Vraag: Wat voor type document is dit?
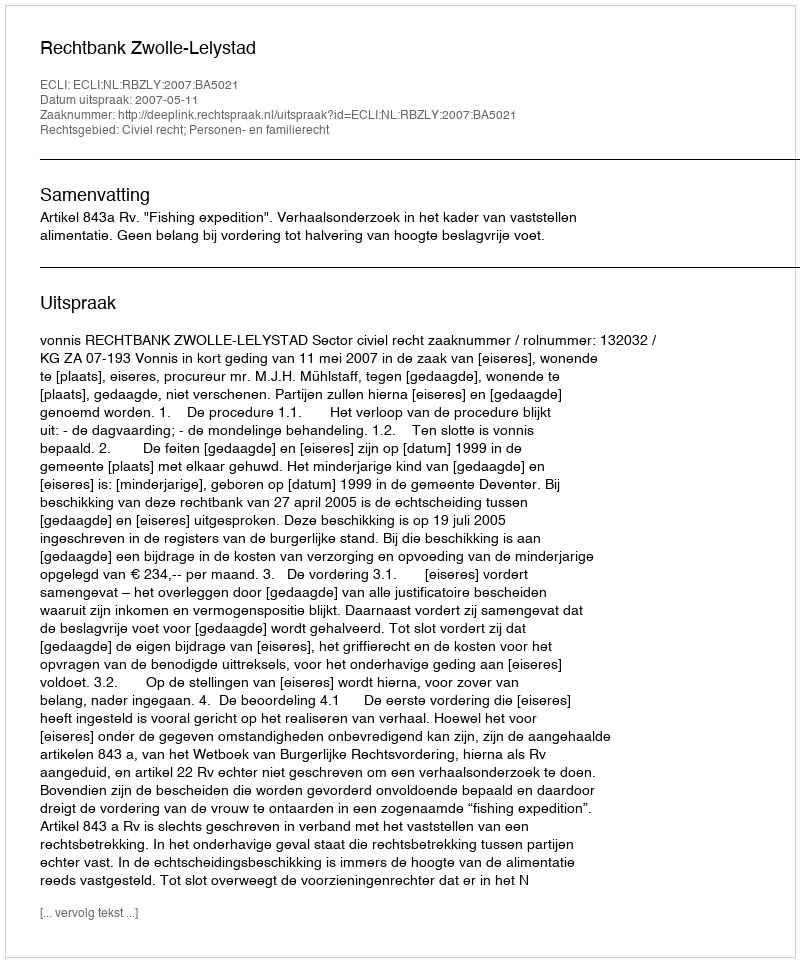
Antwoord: Uitspraak